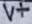
Text: V+